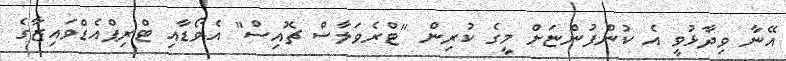
އޭނާ ވިދާޅުވީ އެ ކުންފުންޏަށް މީގެ ކުރިން "ޓްރެވަލާސް ޗޮއިސް" އެވޯޑާއި ޓްރިޕްއެޑްވައިޒާގެ